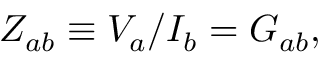
Z _ { a b } \equiv V _ { a } / I _ { b } = G _ { a b } ,